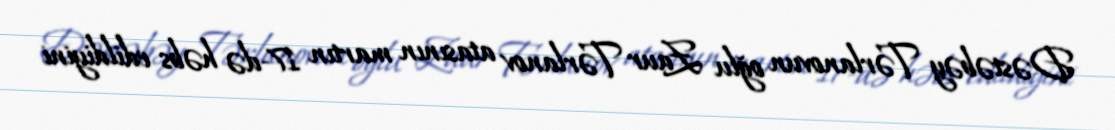
Dəstəbəy Tərlanovun oğlu Zaur Tərlanov atasının martın 17-də həbs edildiyini